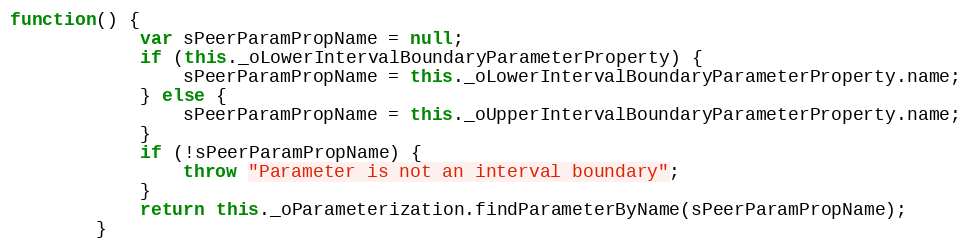
Language: JavaScript
function() {
			var sPeerParamPropName = null;
			if (this._oLowerIntervalBoundaryParameterProperty) {
				sPeerParamPropName = this._oLowerIntervalBoundaryParameterProperty.name;
			} else {
				sPeerParamPropName = this._oUpperIntervalBoundaryParameterProperty.name;
			}
			if (!sPeerParamPropName) {
				throw "Parameter is not an interval boundary";
			}
			return this._oParameterization.findParameterByName(sPeerParamPropName);
		}